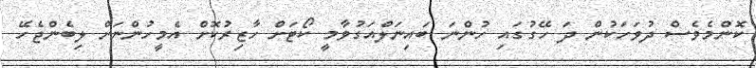
ކޮންމެވެސް ދުވަހަކުން ދަ ހޭގުގައި ހުންނަ ބައިނަލްއަގުވާމީ ކޯޓަށް ހާޒިރުކޮށް އެމީހުންނަށް ލިބެންޖެހޭ